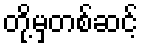
တို့မှတစ်ဆင့်